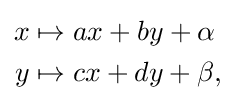
{\begin{aligned}x&\mapsto ax+by+\alpha \\y&\mapsto cx+dy+\beta ,\end{aligned}}